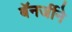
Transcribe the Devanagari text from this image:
बॅनर्जीने